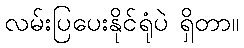
လမ်းပြပေးနိုင်ရုံပဲ ရှိတာ။